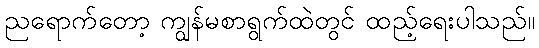
ညရောက်တော့ ကျွန်မစာရွက်ထဲတွင် ထည့်ရေးပါသည်။